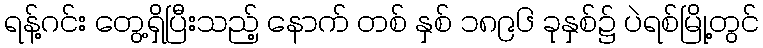
ရန့်ဂင်း တွေ့ရှိပြီးသည့် နောက် တစ် နှစ် ၁၈၉၆ ခုနှစ်၌ ပဲရစ်မြို့တွင်